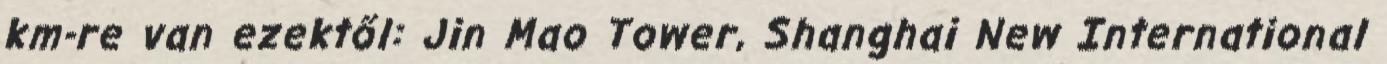
km-re van ezektől: Jin Mao Tower, Shanghai New International